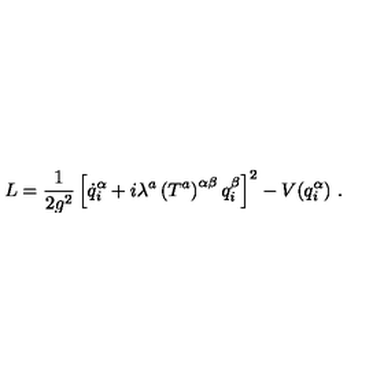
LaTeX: L = \frac { 1 } { 2 g ^ { 2 } } \left[ \dot { q } _ { i } ^ { \alpha } + i \lambda ^ { a } \left( T ^ { a } \right) ^ { \alpha \beta } q _ { i } ^ { \beta } \right] ^ { 2 } - V ( q _ { i } ^ { \alpha } ) \ .